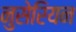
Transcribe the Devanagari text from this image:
नुसेरियन